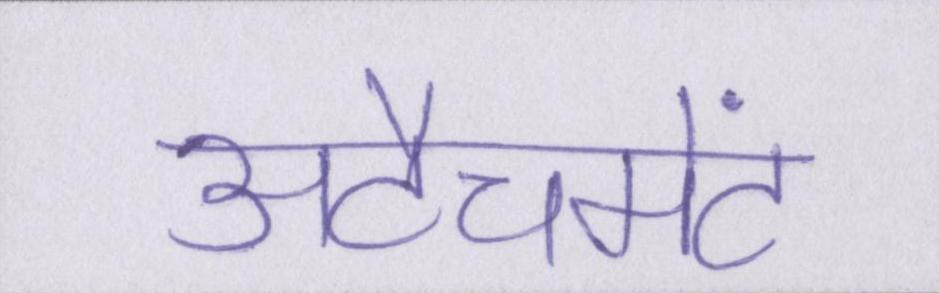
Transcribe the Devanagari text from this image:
अटैचमेंट